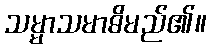
သမ္မာသမာဓိမည်၏။